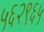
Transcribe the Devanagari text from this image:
५६२९६५